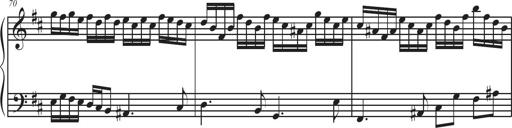
Title: Sonatina Espania
Composer: Jerald Franklin Archer
Key: Various